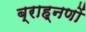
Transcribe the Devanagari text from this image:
ब्राह्नणों